Problem: 35 + 34 = ?
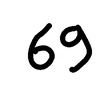
Handwritten answer: 69